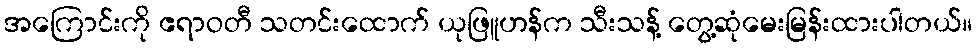
အကြောင်းကို ဧရာဝတီ သတင်းထောက် ယုဖြူဟန်က သီးသန့် တွေ့ဆုံမေးမြန်းထားပါတယ်။